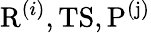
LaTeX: \mathrm{R}^{(i)},\mathrm{TS},\mathrm{P^{(j)}}